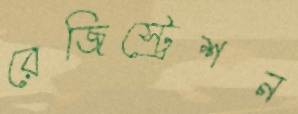
রেজিস্ট্রেশন